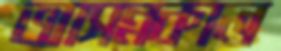
আসন্নকাল